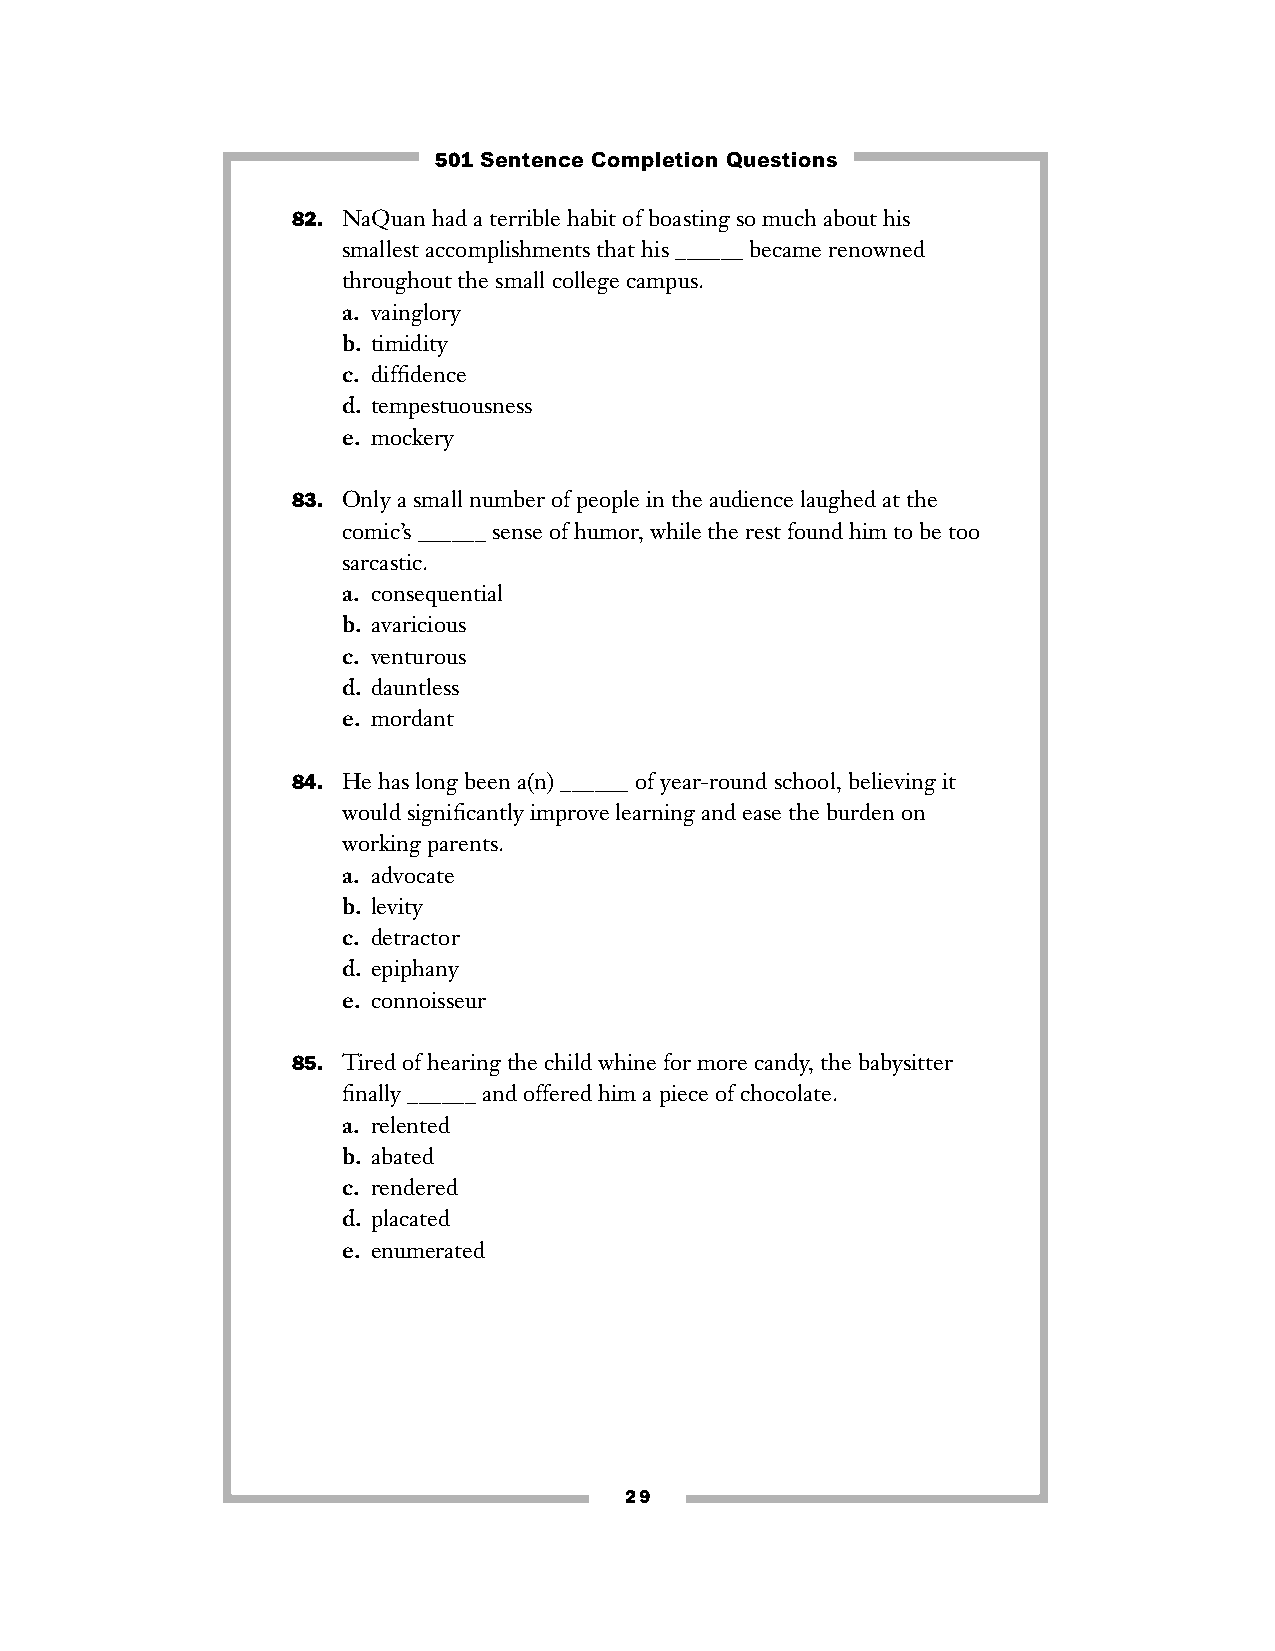
501 Sentence Completion Questions
 82. NaQuan had a terrible habit of boasting so much about his
 smallest accomplishments that his ______ became renowned
 throughout the small college campus.
 a. vainglory
 b. timidity
 c. diffidence
 d. tempestuousness
 e. mockery
 83. Only a small number of people in the audience laughed at the
 comic’s ______ sense of humor, while the rest found him to be too
 sarcastic.
 a. consequential
 b. avaricious
 c. venturous
 d. dauntless
 e. mordant
 84. He has long been a(n) ______ of year-round school, believing it
 would significantly improve learning and ease the burden on
 working parents.
 a. advocate
 b. levity
 c. detractor
 d. epiphany
 e. connoisseur
 85. Tired of hearing the child whine for more candy, the babysitter
 finally ______ and offered him a piece of chocolate.
 a. relented
 b. abated
 c. rendered
 d. placated
 e. enumerated
 29